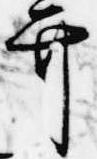
弁